Report of the Municipal Commissioner on the plague in Bombay for the year ending 31st May... - Volume 2
Disease focus: Plague
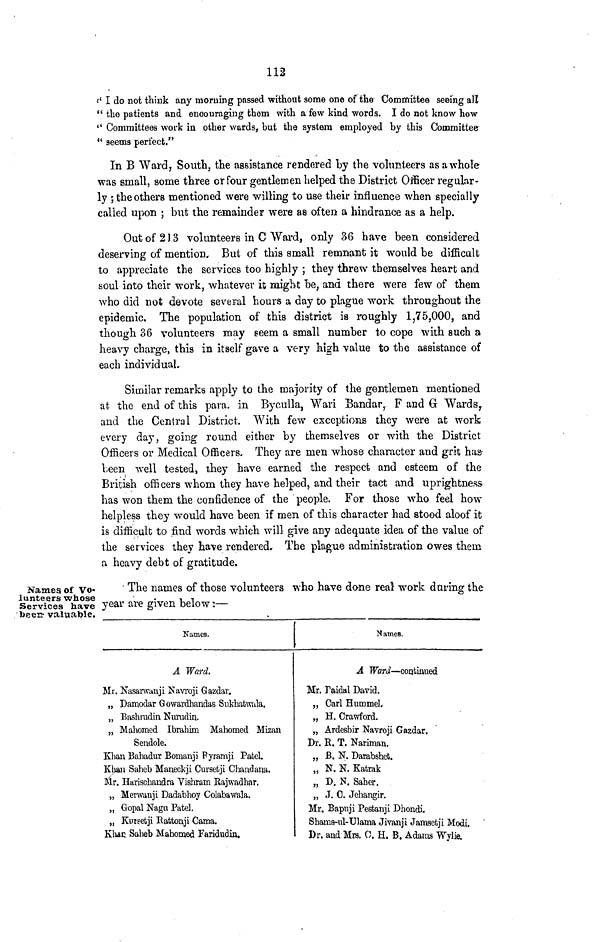
112
(' I do not think any morning passed -without some one of the Committee seeing all
" the patients and encouraging them with a few kind words. I do not know how
" Committees work in other wards, but the system employed by this Committee
" seems perfect."
In B Ward, South, the assistance rendered Ly the volunteers as a whole
was small, some three or four gentlemen helped the District Officer regular-
ly ; the others mentioned were willing to use their influence when specially
called upon ; but the remainder were aa often a hindrance as a help.
Out of 213 volunteers in C Ward, only 36 have been considered
deserving of mention. But of this small remnant it would be difficult
to appreciate the services too highly ; they threw themselves heart and
soul into their work, whatever it migbt "be, and there were few of them
who did not devote several hours a day to plague work throughout the
epidemic. The population of this district is roughly 1,75,000, and
though 36 volunteers may seem a small number to cope with such a
heavy charge, this in itself gave a very high value to the assistance of
each individual..
Similar remarks apply to the majority of the gentlemen mentioned
at the end of this para, in Byculla, Wari Bandar, F and €r Wards 7
and the Central District. With few exceptions they were at work
every day, going round either by themselves or with the District
Officers or Medical Officers, They are men whose character and grit has-
been well tested, they have earned the respect and esteem of the
British officers whom they have helped, and their tact and uprightness
has won them the confidence of the people. For those who feel how
helpless they would have been if men of this character had stood aloof it
is difficult to find words which will give any adequate idea of the value of
the services they have rendered. The plague administration owes them
a heavv debt of gratitude.
Names of Vo-
lunteers whose
Services have
been- valuable.
The names of those volunteers who have done real work during the
year are given below:—
Names.
A Ward.
Mr. Nasarwanji Navroji Gazdar.
„ Damodar Gowardhandas Snkhatwola.
„ Bashradin Nurudiu.
„ Mahomed Ibrahim Mahomed Mizan
Seudole.
Khan Bahadur Bomanji Pyramji Patel.
Khan Saheb Maneckji Cursetji Chandana.
Mr. Harischandra Vishram Rajwadhar,
„ Merwanji Dadabhoy Colabawala.
„ Gopal Naga Patel.
„ Kuisetji Rattonji Cama.
Khac Saheb Mahomed Faridudin.
Names.
A TFcntf— continued
Mr. Paidal David.
„ Carl Hummel,
„ H. Crawford.
„ Ardesbir Navroji Gazdar.
Dr. R. T. Nariman.
„ B. N. Darabshefc.
„ N. N. Katrak
„ D. N. Saber.
„ J. 0. Jehangir.
Mr. Bapuji Pestanji Dhondi.
Sbains-ul-TJlama Jivanji Jamseiji Modi.
Dr. and Mrs. C. H. B. Adams Wylie.